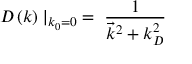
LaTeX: D \left( k \right) \mid _ { k _ { 0 } = 0 } \; = \; { \frac { 1 } { { \vec { k } } ^ { 2 } + k _ { D } ^ { 2 } } }